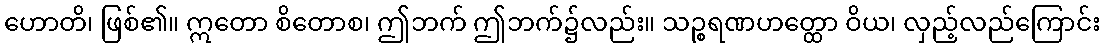
ဟောတိ၊ ဖြစ်၏။ ဣတော စိတောစ၊ ဤဘက် ဤဘက်၌လည်း။ သဉ္စရဏဟတ္ထော ဝိယ၊ လှည့်လည်ကြောင်း